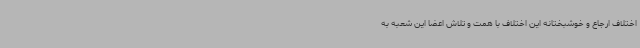
اختلاف ارجاع و خوشبختانه این اختلاف با همت و تلاش اعضا این شعبه به